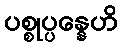
ပစ္စုပ္ပန္နေဟိ